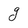
Character: g